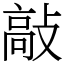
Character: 敲